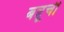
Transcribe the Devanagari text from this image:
बन्नूची